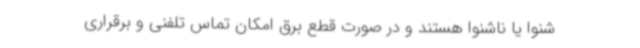
شنوا یا ناشنوا هستند و در صورت قطع برق امکان تماس تلفنی و برقراری